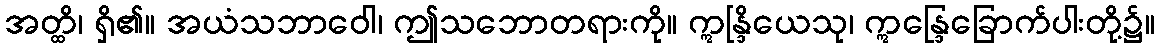
အတ္ထိ၊ ရှိ၏။ အယံသဘာဝေါ၊ ဤသဘောတရားကို။ ဣန္ဒြိယေသု၊ ဣန္ဒြေခြောက်ပါးတို့၌။